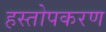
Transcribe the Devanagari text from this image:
हस्तोपकरण